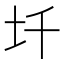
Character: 圲